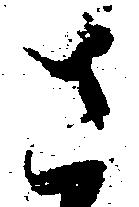
さ